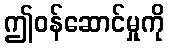
ဤဝန်ဆောင်မှုကို